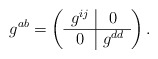
\begin{align*}g^{ab} = \left( \begin{array}{c|c} g^{ij} & 0\\ \hline 0 & g^{dd} \end{array} \right).\end{align*}